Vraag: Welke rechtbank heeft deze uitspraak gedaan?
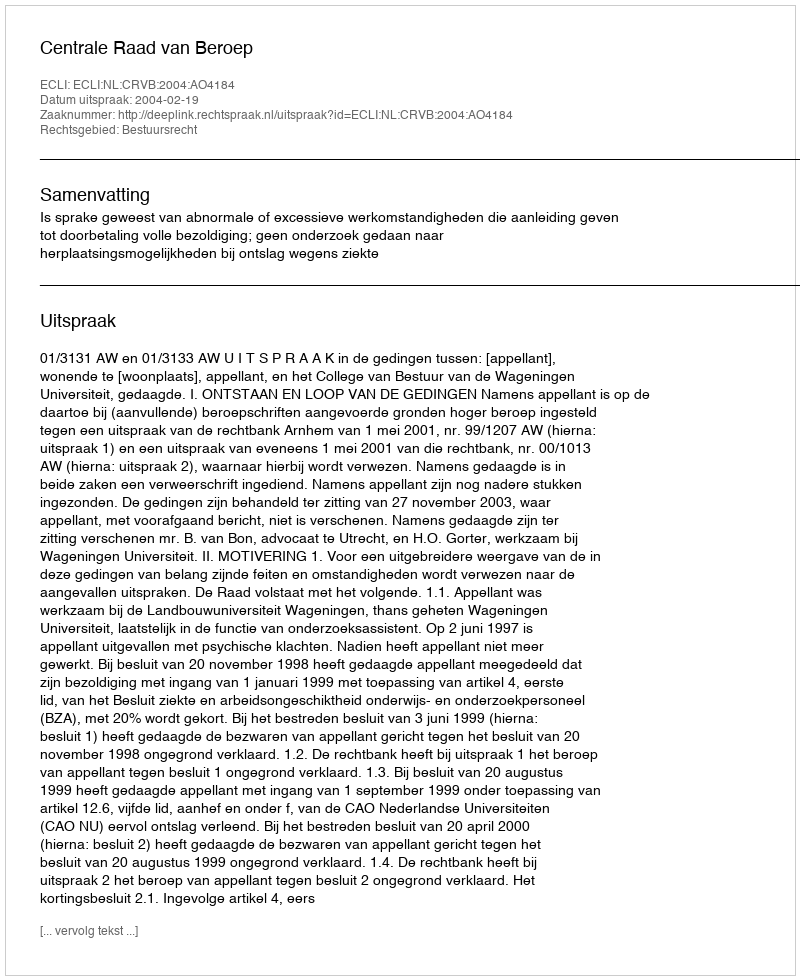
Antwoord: Centrale Raad van Beroep